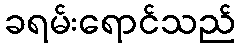
ခရမ်းရောင်သည်